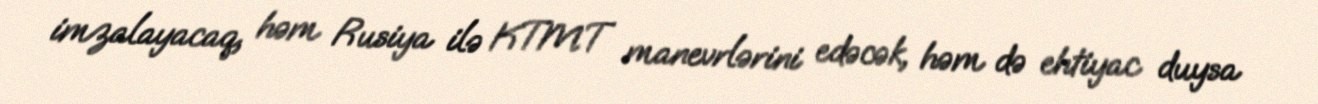
imzalayacaq, həm Rusiya ilə KTMT manevrlərini edəcək, həm də ehtiyac duysa